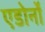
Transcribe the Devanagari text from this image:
एडोर्नों